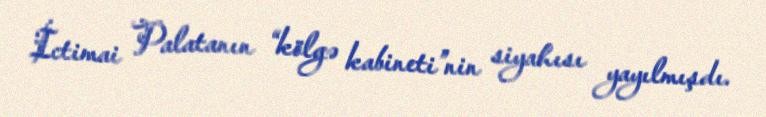
İctimai Palatanın “kölgə kabineti”nin siyahısı yayılmışdı.